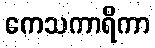
ကေသကာရိကာ